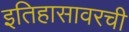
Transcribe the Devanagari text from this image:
इतिहासावरची